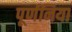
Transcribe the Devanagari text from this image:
पूर्णनिया